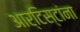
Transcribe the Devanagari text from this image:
आर्टिस्टांना